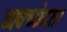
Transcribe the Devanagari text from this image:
व्यवच्छेदता